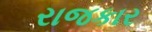
રાજકાર